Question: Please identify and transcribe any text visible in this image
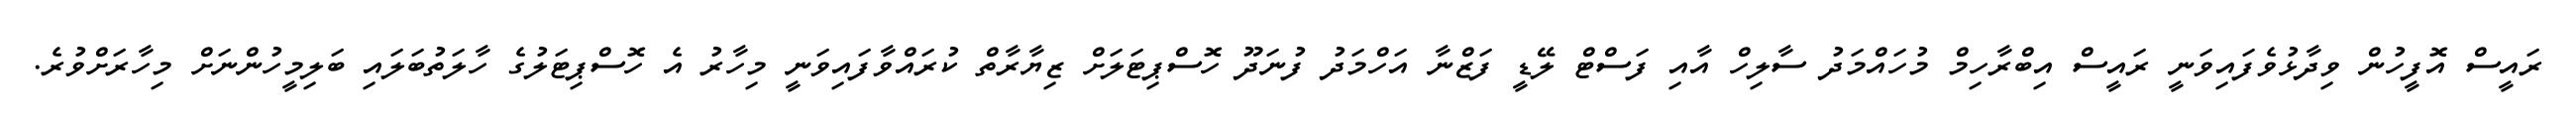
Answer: ރައީސް އޮފީހުން ވިދާޅުވެފައިވަނީ ރައީސް އިބްރާހިމް މުހައްމަދު ސާލިހް އާއި ފަސްޓް ލޭޑީ ފަޒްނާ އަހްމަދު ފުނަދޫ ހޮސްޕިޓަލަށް ޒިޔާރާތް ކުރައްވާފައިވަނީ މިހާރު އެ ހޮސްޕިޓަލުގެ ހާލަތުބަލައި ބަލިމީހުންނަށް މިހާރަށްވުރެ.